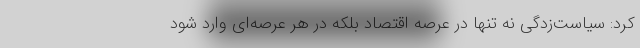
کرد: سیاست‌زدگی نه تنها در عرصه اقتصاد بلکه در هر عرصه‌ای وارد شود